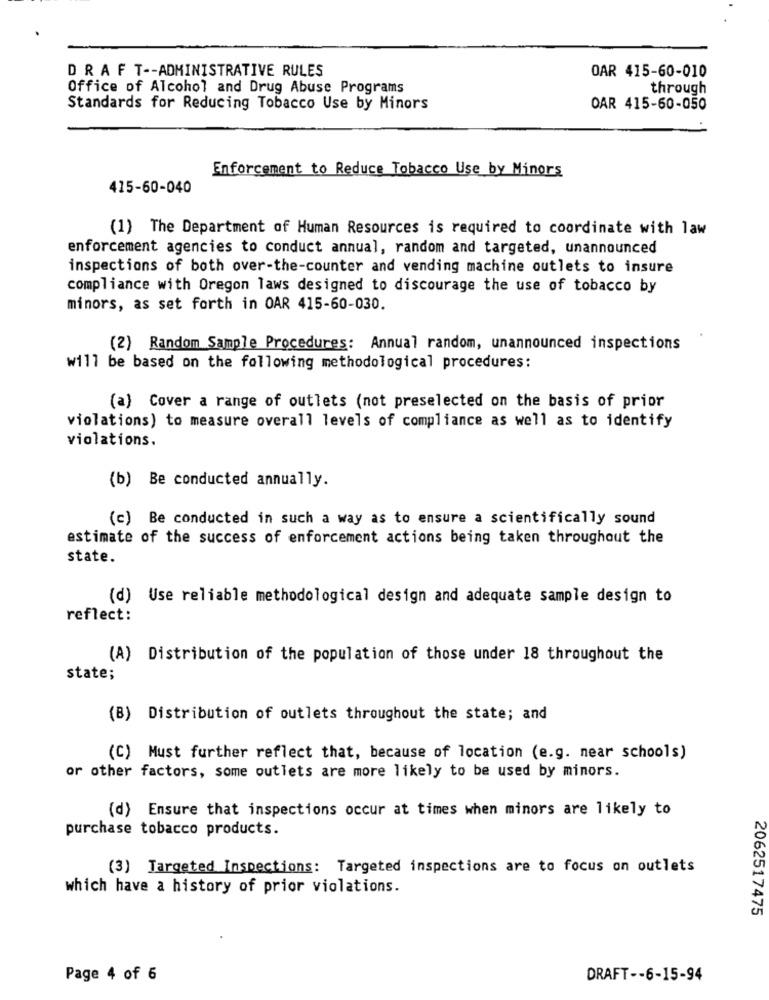
DRAF T -- ADMINISTRATIVE RULES
OAR 415-60-010
Office of Alcohol and Drug Abuse Programs
through
Standards for Reducing Tobacco Use by Minors
OAR 415-60-050
Enforcement to Reduce Tobacco Use by Minors
415-60-040
(1) The Department of Human Resources is required to coordinate with law
enforcement agencies to conduct annual, random and targeted, unannounced
inspections of both over-the-counter and vending machine outlets to insure
compliance with Oregon laws designed to discourage the use of tobacco by
minors, as set forth in OAR 415-60-030.
(2) Random Sample Procedures: Annual random, unannounced inspections
will be based on the following methodological procedures:
(a) Cover a range of outlets (not preselected on the basis of prior
violations) to measure overall levels of compliance as well as to identify
violations.
(b) Be conducted annually.
(c) Be conducted in such a way as to ensure a scientifically sound
estimate of the success of enforcement actions being taken throughout the
state.
(d) Use reliable methodological design and adequate sample design to
reflect:
(A) Distribution of the population of those under 18 throughout the
state;
(B) Distribution of outlets throughout the state; and
(C) Must further reflect that, because of location (e.g. near schools)
or other factors, some outlets are more likely to be used by minors.
(d) Ensure that inspections occur at times when minors are likely to
purchase tobacco products.
(3) Targeted Inspections: Targeted inspections are to focus on outlets
which have a history of prior violations.
2062517475
Page 4 of 6
DRAFT -- 6-15-94